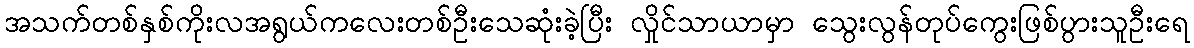
အသက်တစ်နှစ်ကိုးလအရွယ်ကလေးတစ်ဦးသေဆုံးခဲ့ပြီး လှိုင်သာယာမှာ သွေးလွန်တုပ်ကွေးဖြစ်ပွားသူဦးရေ